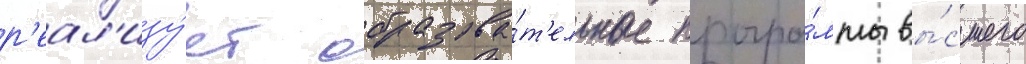
р'еал'изу́ет образова́т'ельные програ́ммы вы́сшего